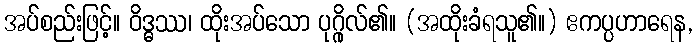
အပ်စည်းဖြင့်။ ဝိဒ္ဓဿ၊ ထိုးအပ်သော ပုဂ္ဂိုလ်၏။ (အထိုးခံရသူ၏။) ဧကပ္ပဟာရေန,